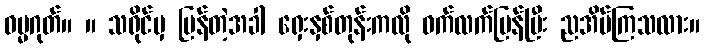
ဓမ္မဂုတ်။ ။ သရိုင်မှ ပြန်တဲ့အခါ ရှေးနှစ်တုန်းကလို ဝက်လက်ပြန်ပြီး ညအိပ်ကြသလား။